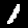
Label: 1